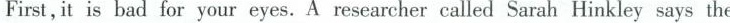
First,it is bad for your eyes. A researcher called Sarah Hinkley says the